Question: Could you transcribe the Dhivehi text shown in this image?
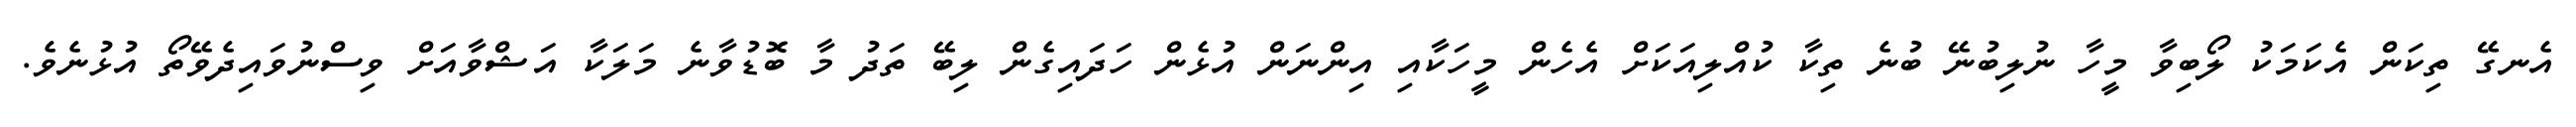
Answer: އެނގޭ ތިކަން އެކަމަކު ލޯބިވާ މީހާ ނުލިބުނޭ ބުނެ ތިކާ ކުއްލިއަކަށް އެހެން މީހަކާއި އިންނަން އުޅެން ހަދައިގެން ލިބޭ ތަދު މާ ބޮޑުވާނެ މަލަކާ އަޝްވާއަށް ވިސްނުވައިދެވޭތޯ އުޅުނެވެ.